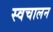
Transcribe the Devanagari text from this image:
स्‍वचालन